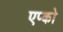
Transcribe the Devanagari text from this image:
एप्को